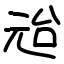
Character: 兘